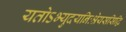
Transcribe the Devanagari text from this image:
यतोऽभ्युदयनिःश्रेयससिद्धि